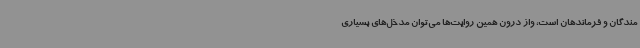
مندگان و فرماندهان است، واز درون همین روایت‌ها می‌توان مدخل‌های بسیاری